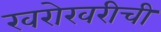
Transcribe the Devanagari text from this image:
खरोखरीची